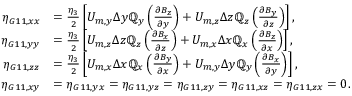
\begin{array} { r l } { \eta _ { G 1 1 , x x } } & { = \frac { \eta _ { 3 } } { 2 } \left[ U _ { m , y } \Delta y \mathbb { Q } _ { y } \left( \frac { \partial B _ { z } } { \partial y } \right) + U _ { m , z } \Delta z \mathbb { Q } _ { z } \left( \frac { \partial B _ { y } } { \partial z } \right) \right] , } \\ { \eta _ { G 1 1 , y y } } & { = \frac { \eta _ { 3 } } { 2 } \left[ U _ { m , z } \Delta z \mathbb { Q } _ { z } \left( \frac { \partial B _ { x } } { \partial z } \right) + U _ { m , x } \Delta x \mathbb { Q } _ { x } \left( \frac { \partial B _ { z } } { \partial x } \right) \right] , } \\ { \eta _ { G 1 1 , z z } } & { = \frac { \eta _ { 3 } } { 2 } \left[ U _ { m , x } \Delta x \mathbb { Q } _ { x } \left( \frac { \partial B _ { y } } { \partial x } \right) + U _ { m , y } \Delta y \mathbb { Q } _ { y } \left( \frac { \partial B _ { x } } { \partial y } \right) \right] , } \\ { \eta _ { G 1 1 , x y } } & { = \eta _ { G 1 1 , y x } = \eta _ { G 1 1 , y z } = \eta _ { G 1 1 , z y } = \eta _ { G 1 1 , x z } = \eta _ { G 1 1 , z x } = 0 . } \end{array}